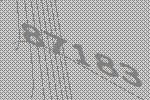
87183